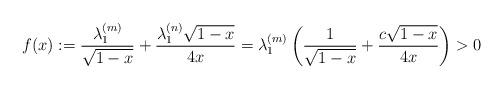
LaTeX: \begin{align*}f(x) := \frac{\lambda_{1}^{(m)}}{\sqrt{1-x}} + \frac{\lambda_{1}^{(n)} \sqrt{1-x}}{4x} = \lambda_{1}^{(m)} \left( \frac{1}{\sqrt{1-x}} + \frac{c \sqrt{1-x}}{4x} \right) >0\end{align*}